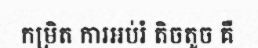
កម្រិត ការអប់រំ តិចតួច គឺ